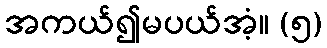
အကယ်၍မပယ်အံ့။ (၅)